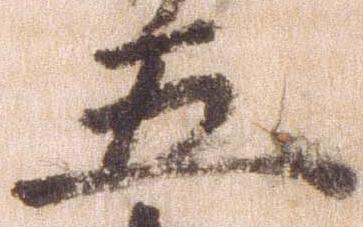
五